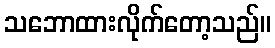
သဘောထားလိုက်တော့သည်။